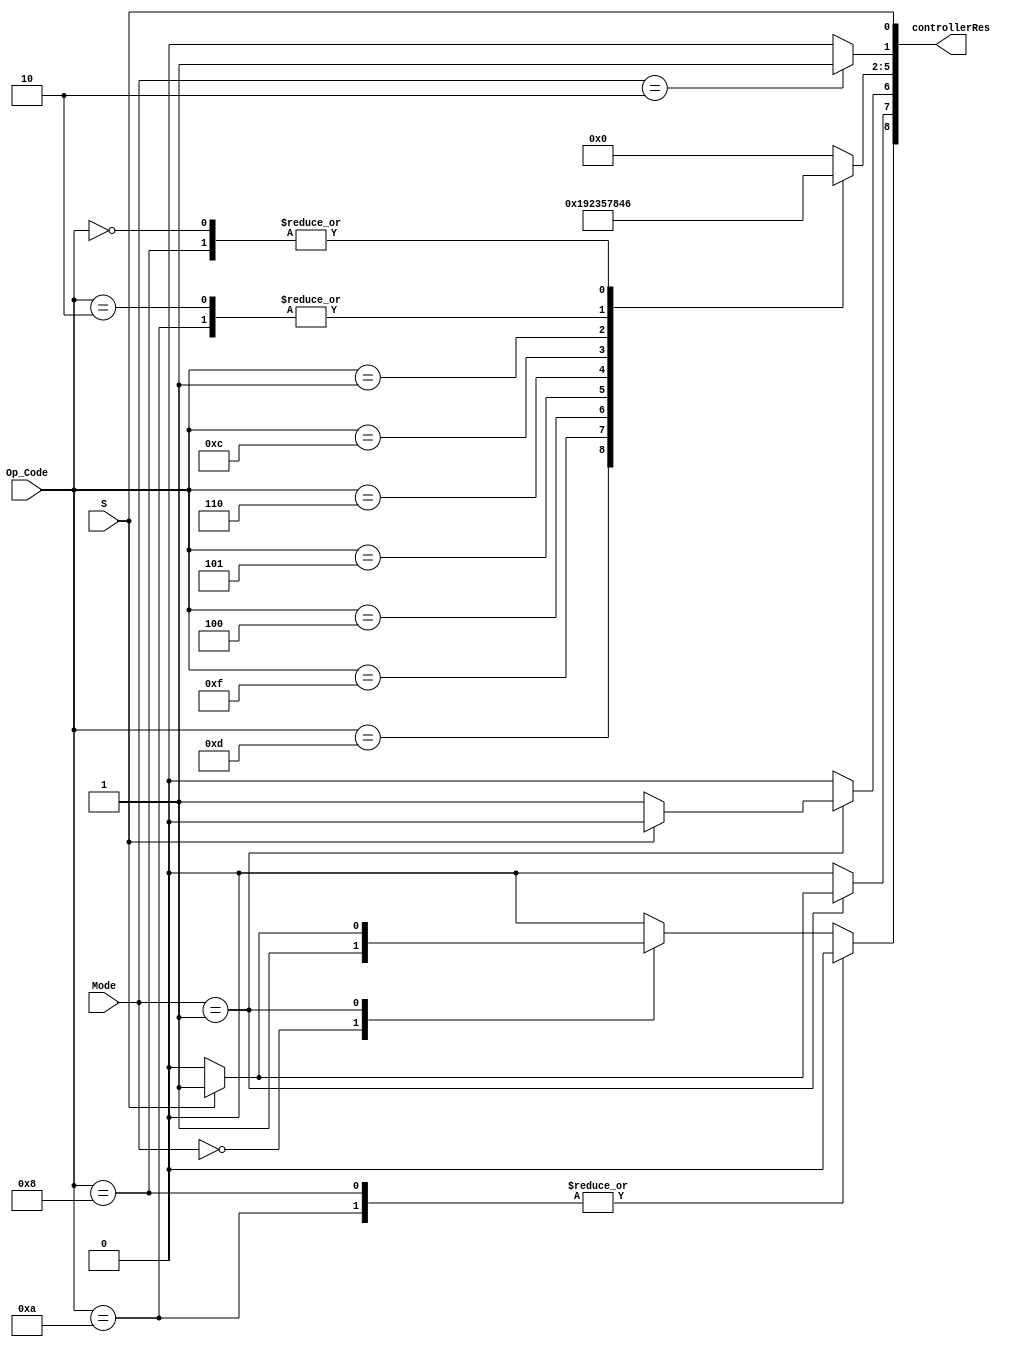
module Controller(
  input [1:0] Mode,
  input [3:0] Op_Code,
  input S,
  output [8:0] controllerRes
);

reg B, MEM_W_EN, MEM_R_EN, WB_EN;
reg [3:0] EXE_CMD;

always@ (*) begin
  {WB_EN, MEM_R_EN, MEM_W_EN, EXE_CMD, B} = 0;
  case (Mode)
    2'b00: begin // arithmatic
      B = 1'b0;
      MEM_R_EN = 1'b0;
      MEM_W_EN = 1'b0;
      WB_EN = 1'b1;
    end
    2'b01: begin // load or store
      B = 1'b0;
      if (S == 1'b1) begin  //load
        MEM_R_EN = 1'b1;
        MEM_W_EN = 1'b0;
        WB_EN = 1'b1;
      end
      else begin //store
        MEM_R_EN = 1'b0;
        MEM_W_EN = 1'b1;
        WB_EN = 1'b0;
      end

    end
    2'b10: begin // branch
      B = 1'b1;
      MEM_W_EN = 1'b0;
      MEM_R_EN = 1'b0;
      WB_EN = 1'b0;
    end
  endcase
  case(Op_Code)
    4'b0000: EXE_CMD = 4'b0110; // AND
    4'b1101: EXE_CMD = 4'b0001; // MOV
    4'b1111: EXE_CMD = 4'b1001; // MVN
    4'b0100: EXE_CMD = 4'b0010; // ADD
    4'b0101: EXE_CMD = 4'b0011; // ADC
    4'b0010: EXE_CMD = 4'b0100; // SUB
    4'b0110: EXE_CMD = 4'b0101; // SBC
    4'b1100: EXE_CMD = 4'b0111; // ORR
    4'b0001: EXE_CMD = 4'b1000; // EOR
    4'b1010:begin EXE_CMD = 4'b0100; WB_EN = 1'b0; end// CMP
    4'b1000:begin EXE_CMD = 4'b0110; WB_EN = 1'b0; end// TST
  endcase
end
assign controllerRes  = {WB_EN, MEM_R_EN, MEM_W_EN, EXE_CMD, B, S};
endmodule